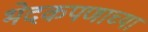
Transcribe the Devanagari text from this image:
भेदकपणाच्या